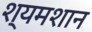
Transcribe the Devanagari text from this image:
श्यमशान